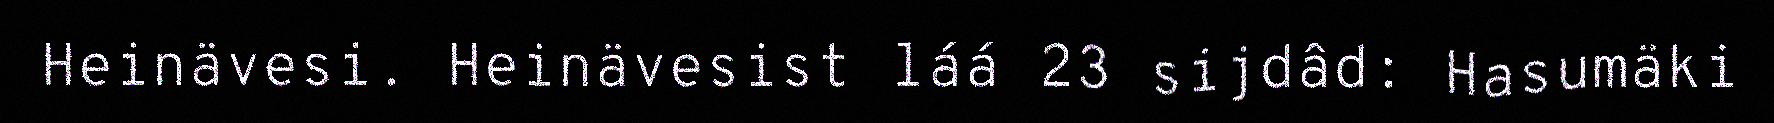
Heinävesi. Heinävesist láá 23 sijdâd: Hasumäki